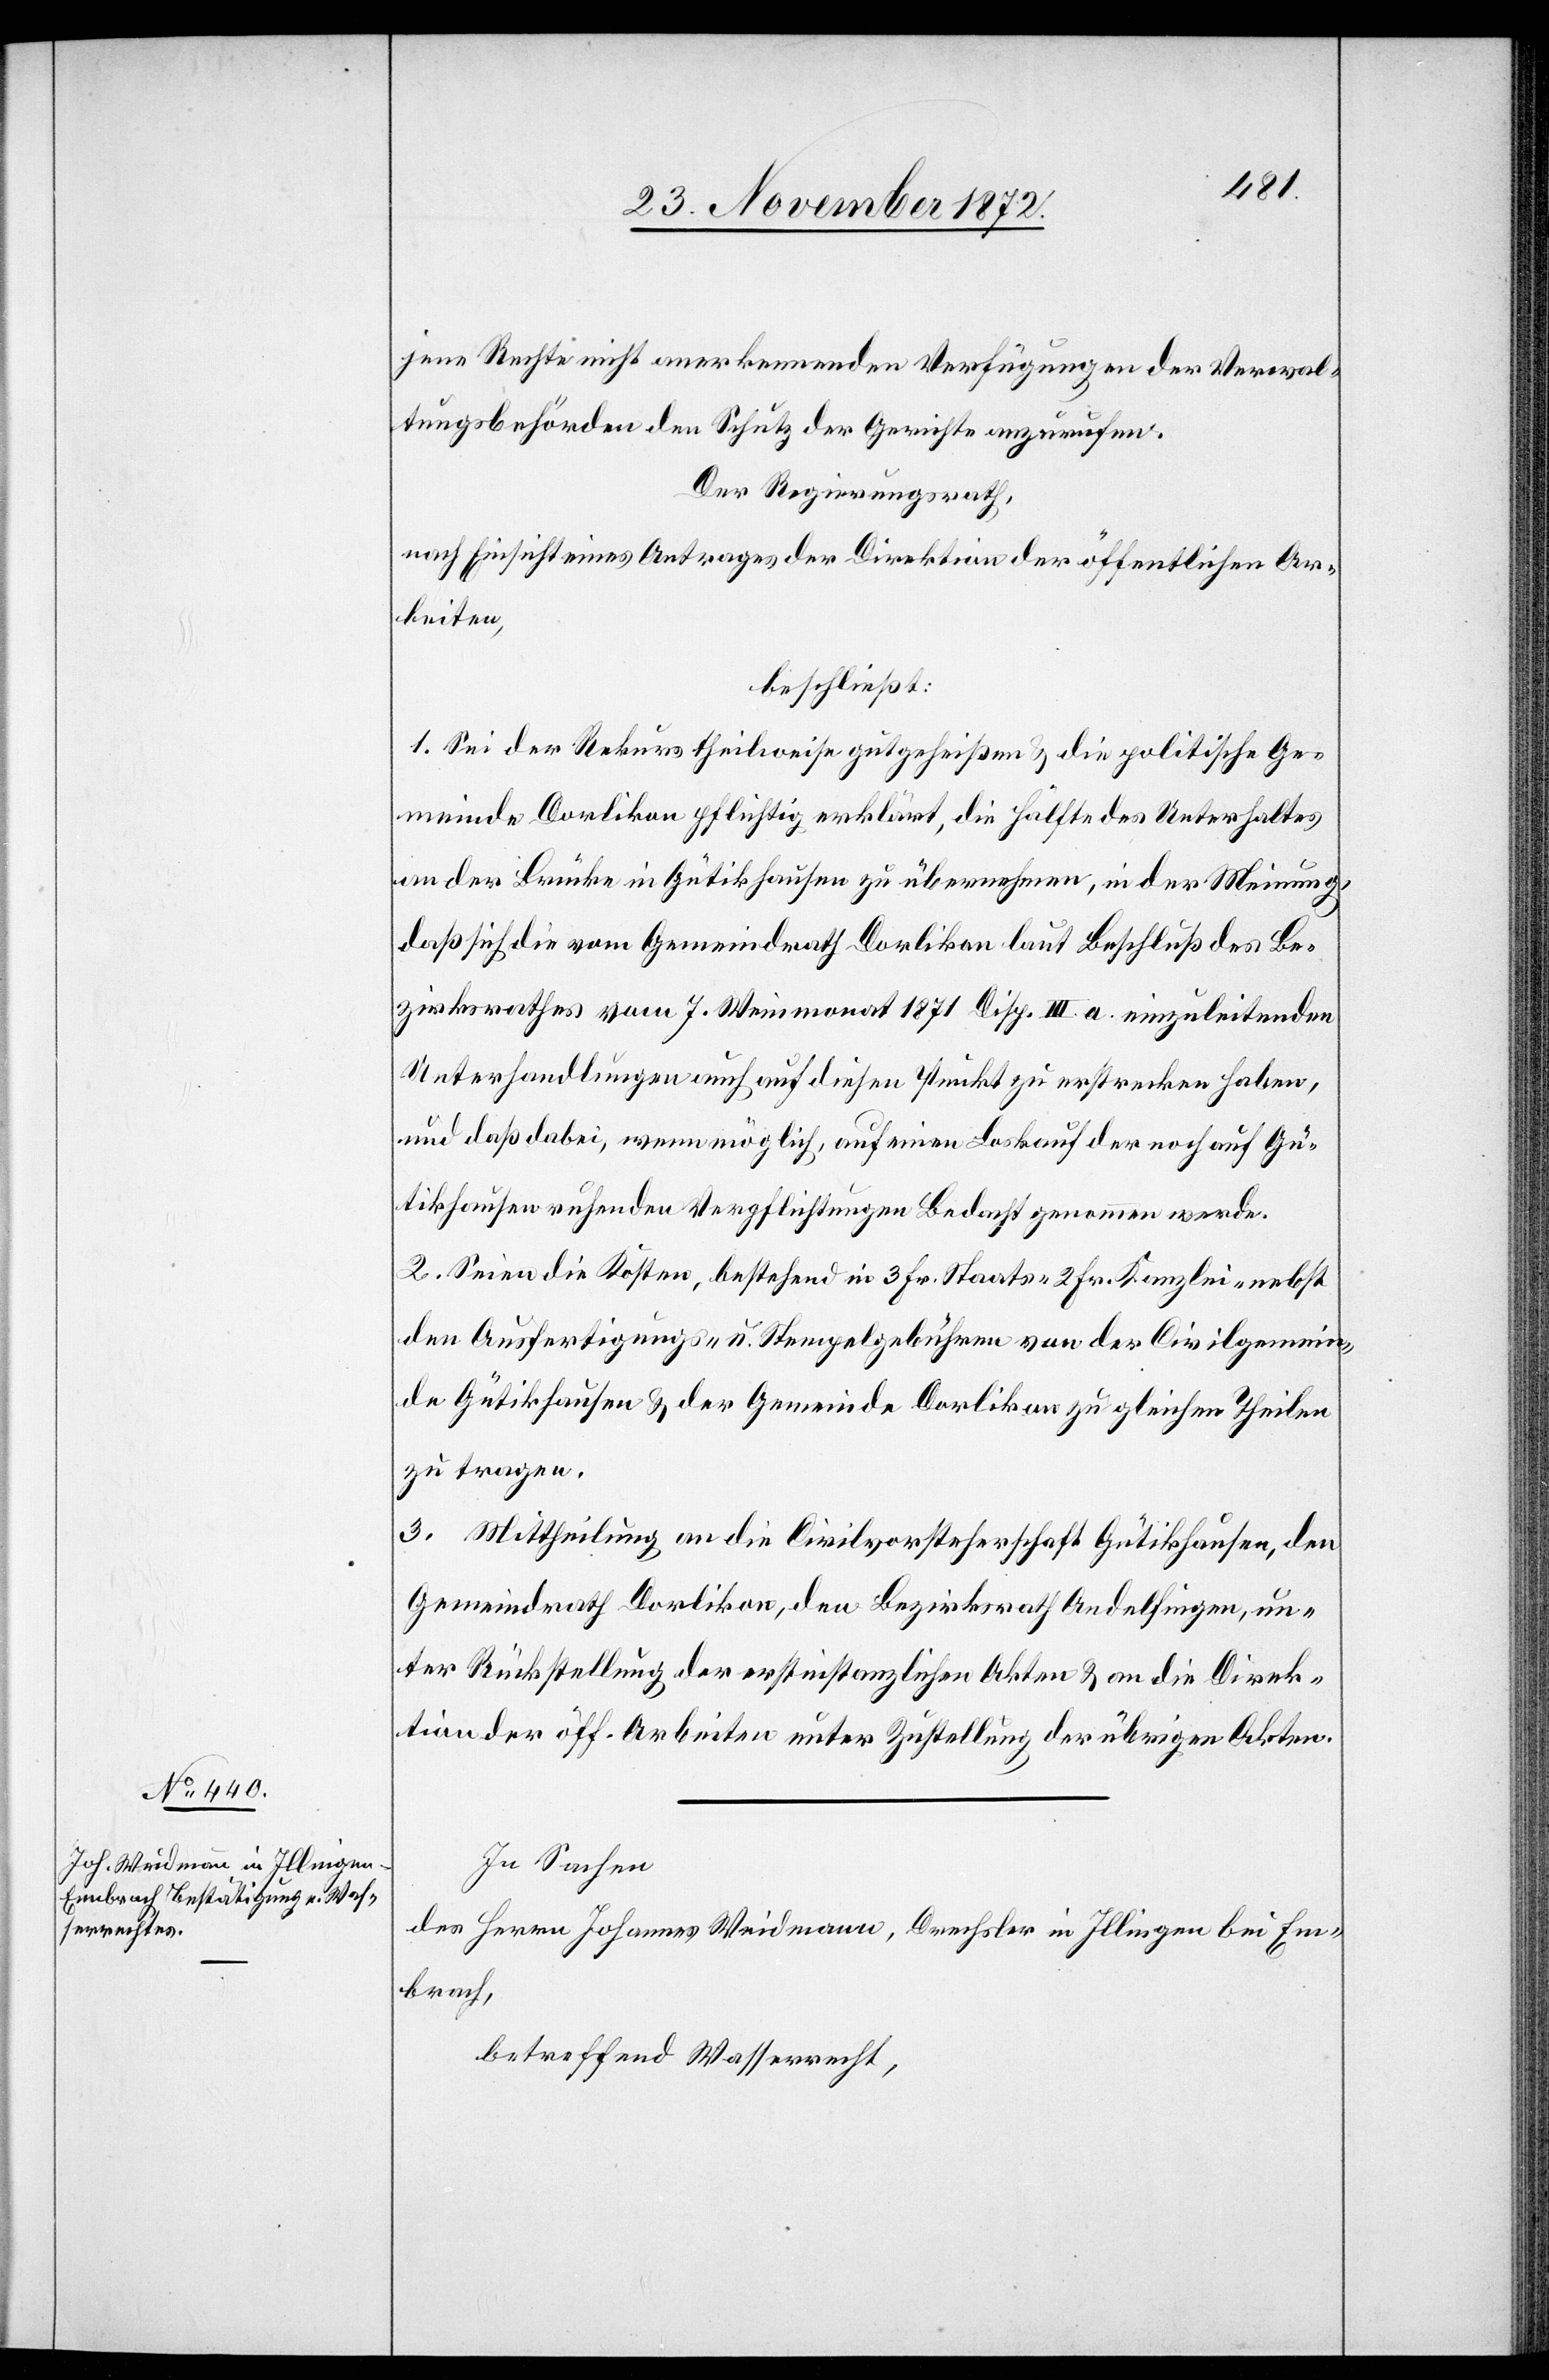
jene Rechte nicht anerkennenden Verfügungen der Verwal¬
tungsbehörden den Schutz der Gerichte anzurufen.
Der Regierungsrath,
nach Einsicht eines Antrages der Direktion der öffentlichen Ar¬
beiten,
beschließt:
1. Sei der Rekurs theilweise gutgeheißen u. die politische Ge¬
meinde Dorlikon pflichtig erklärt, die Hälfte des Unterhaltes
an der Brücke in Gütikhausen zu übernehmen, in der Meinung,
daß sich die vom Gemeindrath Dorlikon laut Beschluß des Be¬
zirksrathes vom 7. Weinmonat 1871 Disp. III. a. einzuleitenden
Unterhandlungen auch auf diesen Punkt zu erstrecken haben,
und daß dabei, wenn möglich, auf einen Loskauf der noch auf Gü¬
tikhausen ruhenden Verpflichtungen Bedacht genommen werde.
2. Seien die Kosten, bestehend in 3 Fr. Staats- 2 Fr. Kanzlei- nebst
den Ausfertigungs- u. Stempelgebühren von der Civilgemein¬
de Gütikhausen u. der Gemeinde Dorlikon zu gleichen Theilen
zu tragen.
3. Mittheilung an die Civilvorsteherschaft Gütikhausen, den
Gemeindrath Dorlikon, den Bezirksrath Andelfingen, un¬
ter Rückstellung der erstinstanzlichen Akten u. an die Direk¬
tion der öff. Arbeiten unter Zustellung der übrigen Akten.
In Sachen
des Herrn Johannes Weidmann, Drechsler in Illingen bei Em¬
brach,
betreffend Wasserrecht,